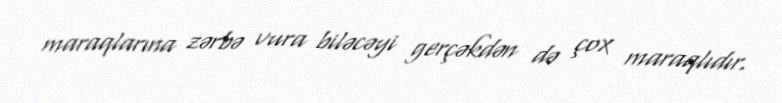
maraqlarına zərbə vura biləcəyi gerçəkdən də çox maraqlıdır.